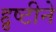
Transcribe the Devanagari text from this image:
द्दृष्टीने